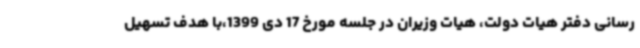
رسانی دفتر هیات دولت، هیات وزیران در جلسه مورخ 17 دی 1399،با هدف تسهیل